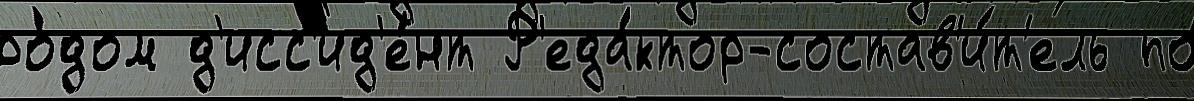
ро́дом д'исс'ид'е́нт Р'еда́ктор-состав'и́т'ель по